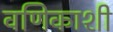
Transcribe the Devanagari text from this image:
वणिकाशी